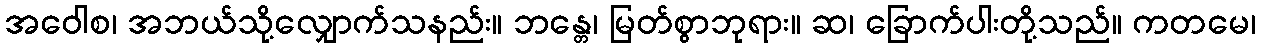
အဝေါစ၊ အဘယ်သို့လျှောက်သနည်း။ ဘန္တေ၊ မြတ်စွာဘုရား။ ဆ၊ ခြောက်ပါးတို့သည်။ ကတမေ၊